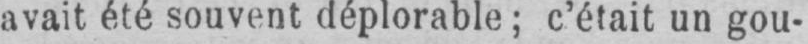
avait été souvent déplorable; c’était un gou-